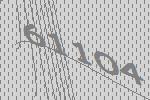
61104